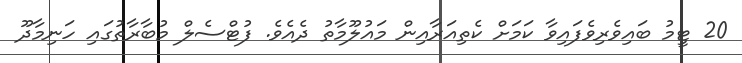
20 ޓީމު ބައިވެރިވެފައިވާ ކަމަށް ކެތިއަރާއިން މައުލޫމާތު ދެއެވެ. ފުޓްސެލް މުބާރާތުގައި ހަނިމާދޫ